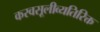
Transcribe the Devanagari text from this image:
करवसूलीव्यतिरिक्त